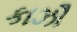
કાઝૌ